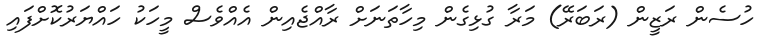
ހުސެން ރަޒީން (ރަބަރޭ) މަރާ ގުޅިގެން މިހާތަނަށް ރާއްޖެއިން އެއްވެސް މީހަކު ހައްޔަރުކޮށްފައި